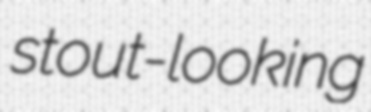
stout-looking